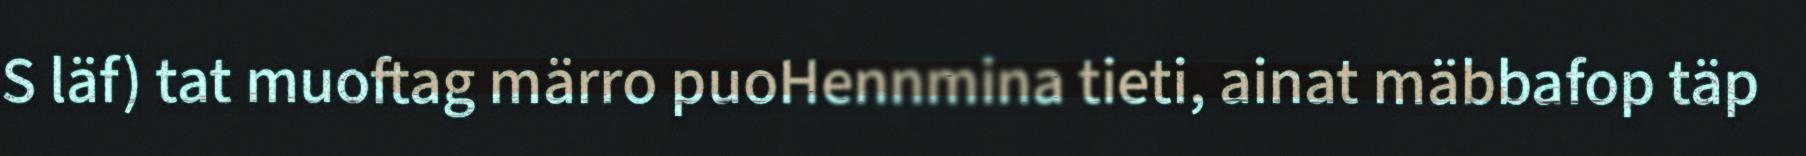
S läf) tat muoftag märro puoHennmina tieti, ainat mäbbafop täp